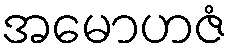
အမောဟဇံ